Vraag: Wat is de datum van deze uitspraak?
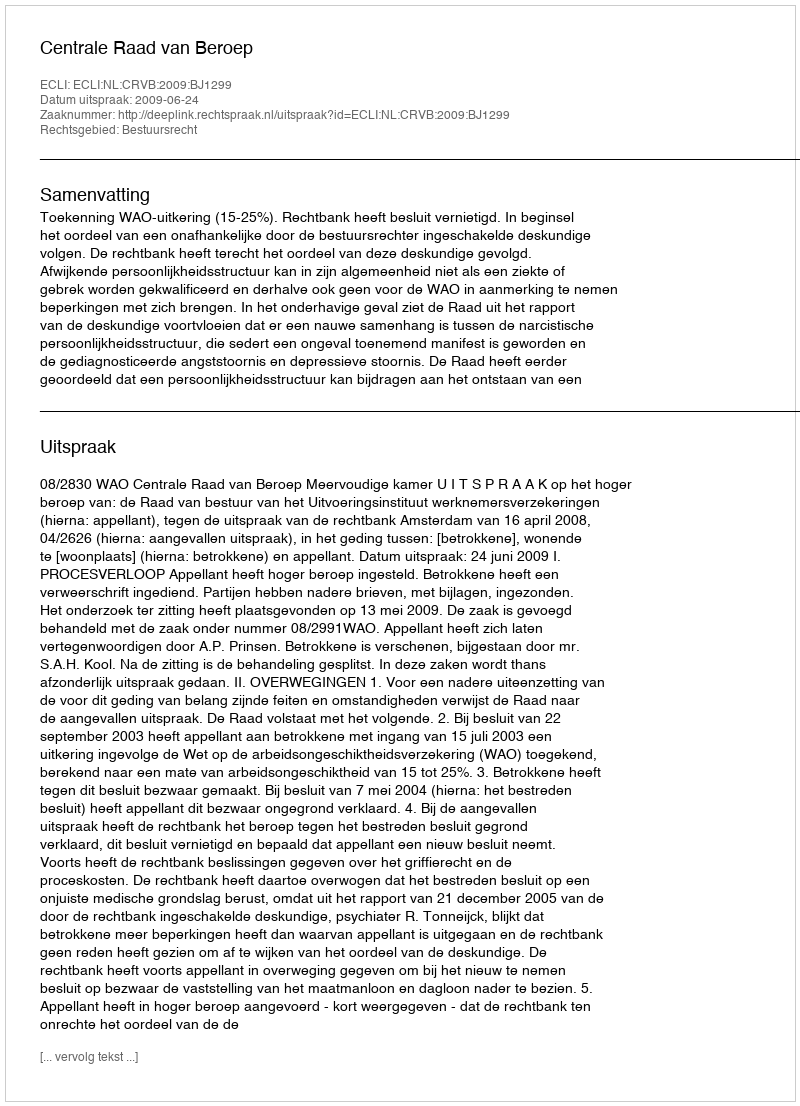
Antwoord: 2009-06-24